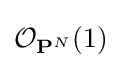
{\mathcal {O}}_{\mathbf {P} ^{N}}(1)